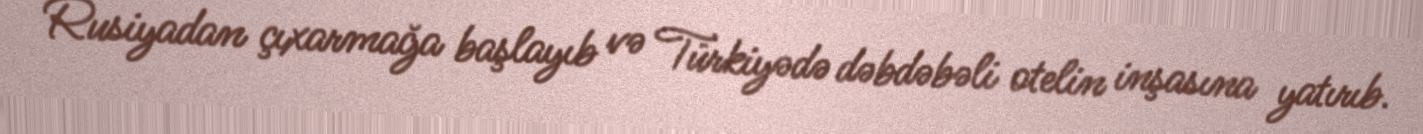
Rusiyadan çıxarmağa başlayıb və Türkiyədə dəbdəbəli otelin inşasına yatırıb.